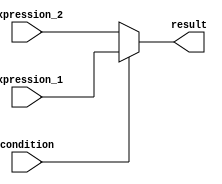
module if_else_ternary_operator (
  input wire condition,
  input wire expression_1,
  input wire expression_2,
  output reg result
);

always @(*) begin
  result = condition ? expression_1 : expression_2;
end

endmodule